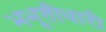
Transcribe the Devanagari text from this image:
भभूतीधारी